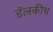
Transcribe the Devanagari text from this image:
डॅलकीथ